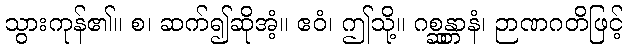
သွားကုန်၏။ စ၊ ဆက်၍ဆိုအံ့။ ဧဝံ၊ ဤသို့။ ဂစ္ဆန္တာနံ၊ ဉာဏဂတိဖြင့်